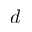
d